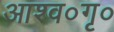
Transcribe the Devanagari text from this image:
आश्व०गृ०